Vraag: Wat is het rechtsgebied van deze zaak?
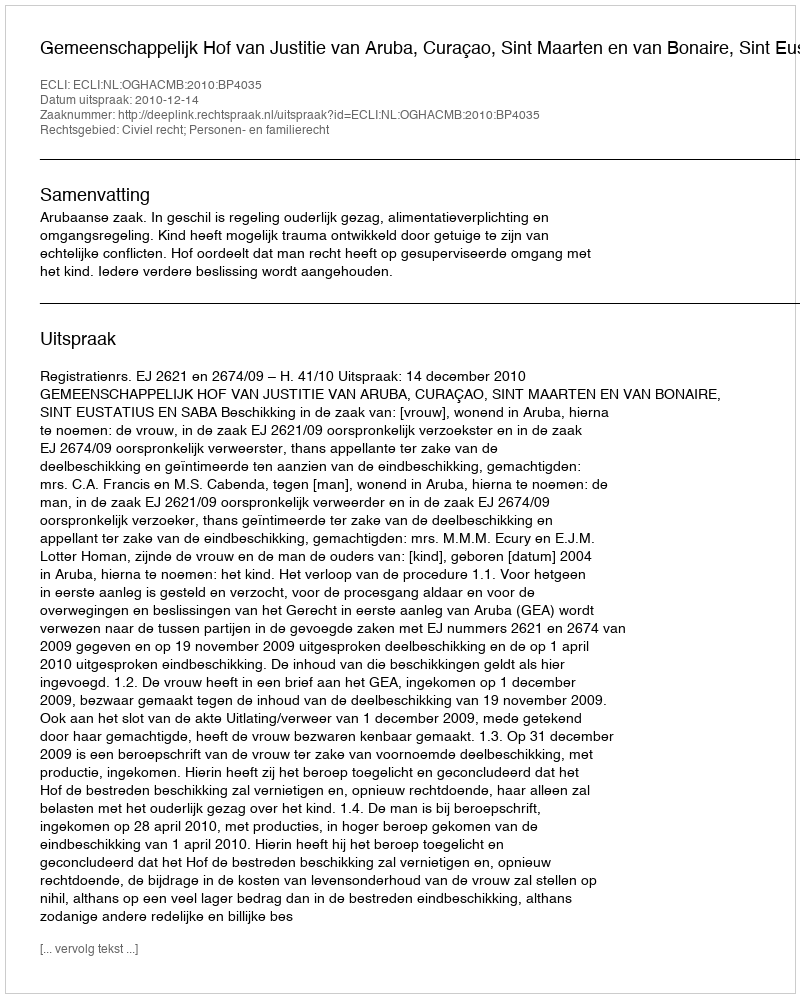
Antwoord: Civiel recht; Personen- en familierecht